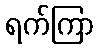
ရက်ကြာ